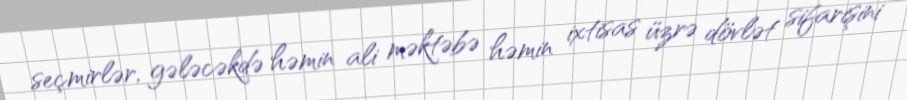
seçmirlər, gələcəkdə həmin ali məktəbə həmin ixtisas üzrə dövlət sifarişini